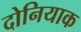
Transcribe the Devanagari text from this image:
दोनियाक